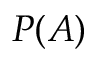
P ( A )